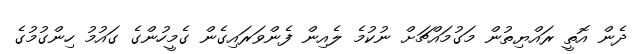
ދެން އޮތީ ރައްޔިތުން މަގުމައްޗަށް ނުކުމެ ލެއިން ފެންވަރައިގެން ގެމީހުންގެ ގައުމު ހިންގުމުގެ